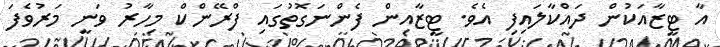
އާ ޓީޒާއަކުން ދައްކާލައިފި އެވެ. ޓީޒާއިން ފެންނަގޮތުގައި ފްރޭންކް މިހާރު ވަނީ މަރުވެފަ